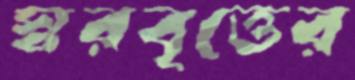
স্বরবৃত্তের